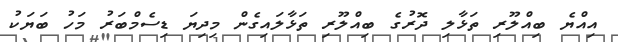
އިއްޔެ ބިއްލޫރި ތަޅާލި ދޮރުގެ ބިއްލޫރި ތަޅާލައިގެން މިދިޔަ ޑިސެމްބަރު މަހު ބަޔަކު